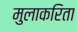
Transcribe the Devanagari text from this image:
मुलाकरिता